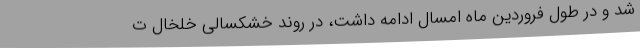
شد و در طول فروردین ماه امسال ادامه داشت، در روند خشکسالی خلخال ت